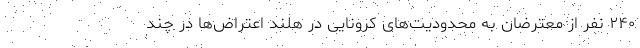
۲۴۰ نفر از معترضان به محدودیت‌های کرونایی در هلند اعتراض‌ها در چند